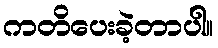
ကတိပေးခဲ့တာပါ။